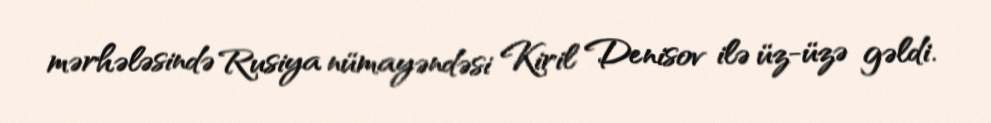
mərhələsində Rusiya nümayəndəsi Kiril Denisov ilə üz-üzə gəldi.